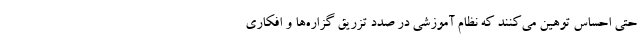
حتی احساس توهین می‌کنند که نظام آموزشی در صدد تزریق گزاره‌ها و افکاری